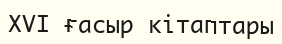
XVI ғасыр кітаптары